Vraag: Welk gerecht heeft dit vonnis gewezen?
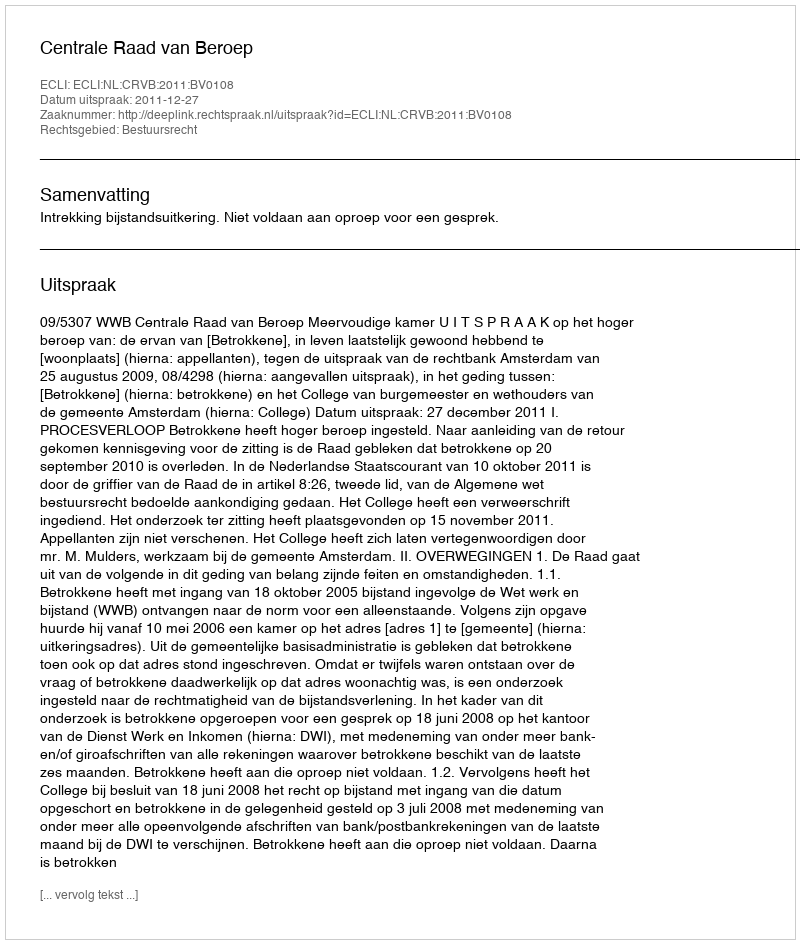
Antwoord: Centrale Raad van Beroep